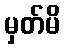
မှတ်မိ